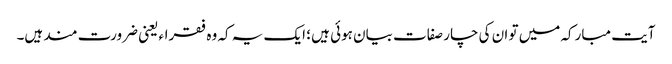
آیت مبارکہ میں تو ان کی چار صفات بیان ہوئی ہیں ؛ ایک یہ کہ وہ فقراء یعنی ضرورت مند ہیں۔